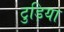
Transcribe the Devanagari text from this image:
टुड़िया